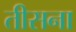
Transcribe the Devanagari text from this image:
तीसना